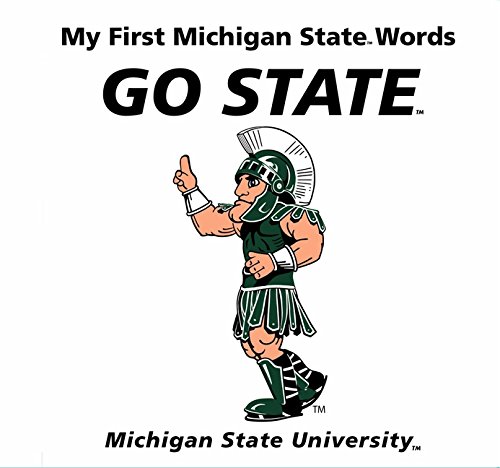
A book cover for My First Michigan State Words Go State; Connie McNamara; Humor & Entertainment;